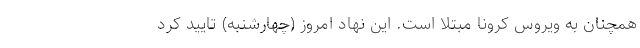
همچنان به ویروس کرونا مبتلا است. این نهاد امروز (چهارشنبه) تایید کرد